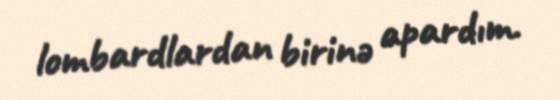
lombardlardan birinə apardım.